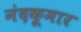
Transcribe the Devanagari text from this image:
नंदकूमार